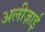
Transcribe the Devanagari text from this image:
अलीज़ाई